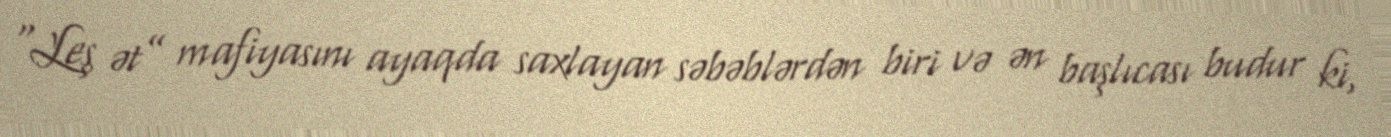
“Leş ət” mafiyasını ayaqda saxlayan səbəblərdən biri və ən başlıcası budur ki,